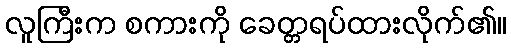
လူကြီးက စကားကို ခေတ္တရပ်ထားလိုက်၏။